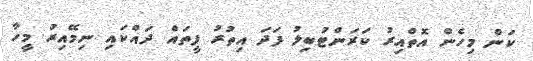
ކަން މިހެން އޮތްއިރު ކަރަންޓުބިލު ފަދަ އިތުރު ފީތައް ދައްކައި ނިމޭއިރު މީހާ